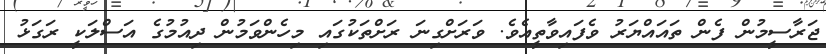
ޖަރާސީމުން ފެން ތައައްޔަރު ވެފައިވާތީއެވެ. ވަރަށްގިނަ ރަށްތަކުގައި މިހެންވަމުން ދިއުމުގެ އަސްލަކީ ރަގަޅު